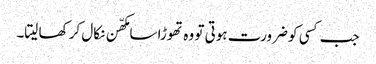
جب کسی کو ضرورت ہوتی تو وہ تھوڑا سا مکھّن نکال کر کھا لیتا۔